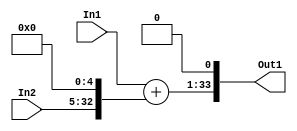
// -------------------------------------------------------------
// 
// 
// Generated by MATLAB 9.14 and HDL Coder 4.1
// 
// -------------------------------------------------------------


// -------------------------------------------------------------
// 
// Module: sumd
// Source Path: FP_sub/fp model/IIR_section_1/sumd
// Hierarchy Level: 2
// 
// -------------------------------------------------------------

`timescale 1 ns / 1 ns

module sumd
          (In1,
           In2,
           Out1);


  input   signed [32:0] In1;  // sfix33_En22
  input   signed [27:0] In2;  // sfix28_En17
  output  signed [33:0] Out1;  // sfix34_En23


  wire signed [33:0] sumd_2_add_cast;  // sfix34_En22
  wire signed [33:0] sumd_2_add_cast_1;  // sfix34_En22
  wire signed [33:0] sumd_2_add_temp;  // sfix34_En22
  wire signed [33:0] sumd_2_out1;  // sfix34_En23


  assign sumd_2_add_cast = {In1[32], In1};
  assign sumd_2_add_cast_1 = {In2[27], {In2, 5'b00000}};
  assign sumd_2_add_temp = sumd_2_add_cast + sumd_2_add_cast_1;
  assign sumd_2_out1 = {sumd_2_add_temp[32:0], 1'b0};



  assign Out1 = sumd_2_out1;

endmodule  // sumd